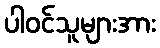
ပါဝင်သူများအား